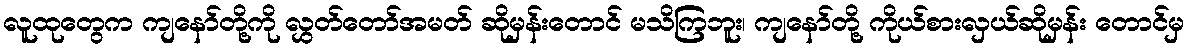
လူထုတွေက ကျနော်တို့ကို လွှတ်တော်အမတ် ဆိုမှန်းတောင် မသိကြဘူး၊ ကျနော်တို့ ကိုယ်စားလှယ်ဆိုမှန်း တောင်မှ